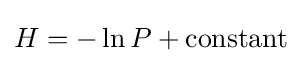
H=-\ln P+{\text{constant}}